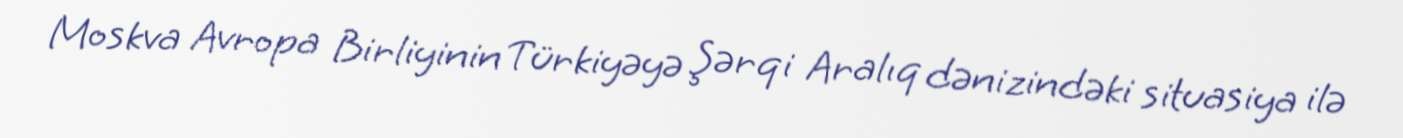
Moskva Avropa Birliyinin Türkiyəyə Şərqi Aralıq dənizindəki situasiya ilə